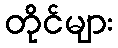
တိုင်များ